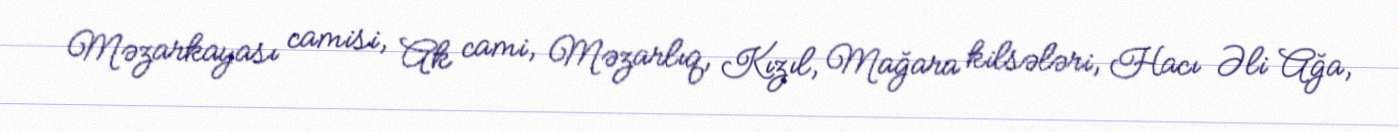
Məzarkayası camisi, Ak cami, Məzarlıq, Kızıl, Mağara kilsələri, Hacı Əli Ağa,